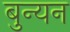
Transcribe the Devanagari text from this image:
बुन्यन